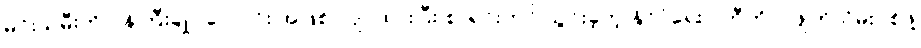
မင်းသမီးကို ဝန်ကြီးချုပ်လောင်း အဖြစ် လျာထားပြီး စာရင်းတင် သွင်းခဲ့တဲ့ နိုင်ငံရေးပါတီကိုပါ ဖျက်သိမ်းပစ်ဖို့